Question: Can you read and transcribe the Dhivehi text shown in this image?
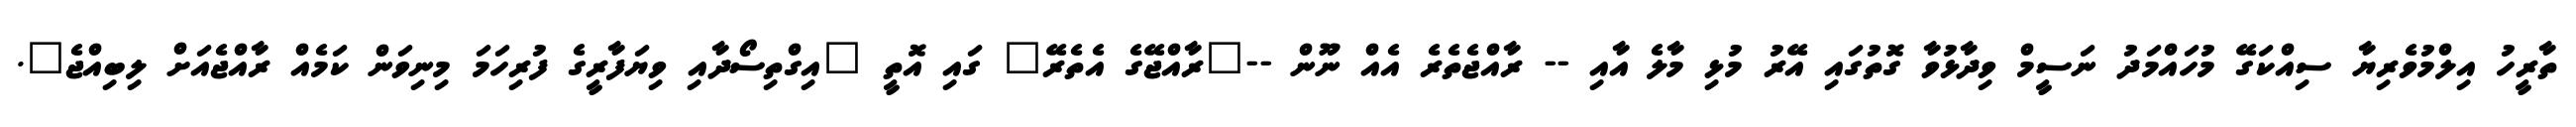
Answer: ތާރީހު އިލްމުވެރިޔާ ސިއްކަގޭ މުހައްމަދު ނަސީމް ވިދާޅުވާ ގޮތުގައި އޭރު މުޅި މާލެ އާއި -- ރާއްޖެތެރެ އެއް ނޫން --"ރާއްޖޭގެ އެތެރޭ" ގައި އޮތީ "އިގްތިސޯދާއި ވިޔަފާރީގެ ފުރިހަމަ މިނިވަން ކަމެއް ރާއްޖެއަށް ލިބިއްޖެ".